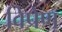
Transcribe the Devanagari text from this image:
विप्रेण